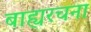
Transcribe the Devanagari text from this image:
बाह्यरचना